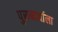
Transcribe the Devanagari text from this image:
पुरूषार्थाला